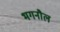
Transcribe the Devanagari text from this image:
भगनौल